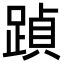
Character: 𮛶